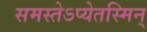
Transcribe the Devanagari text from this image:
समस्तेऽप्येतस्मिन्